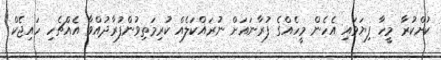
ކުށްކުރާ މީހާ ފިޔަވައި އެހެން މީހެއްގެ ފުރާނައަށް ނުރައްކަލެއް ކުރިމަތިވުންފުރާދުއްވާ އެއްޗެހި ހައިޖެކް